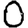
Digit: 0